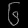
Digit: ၆